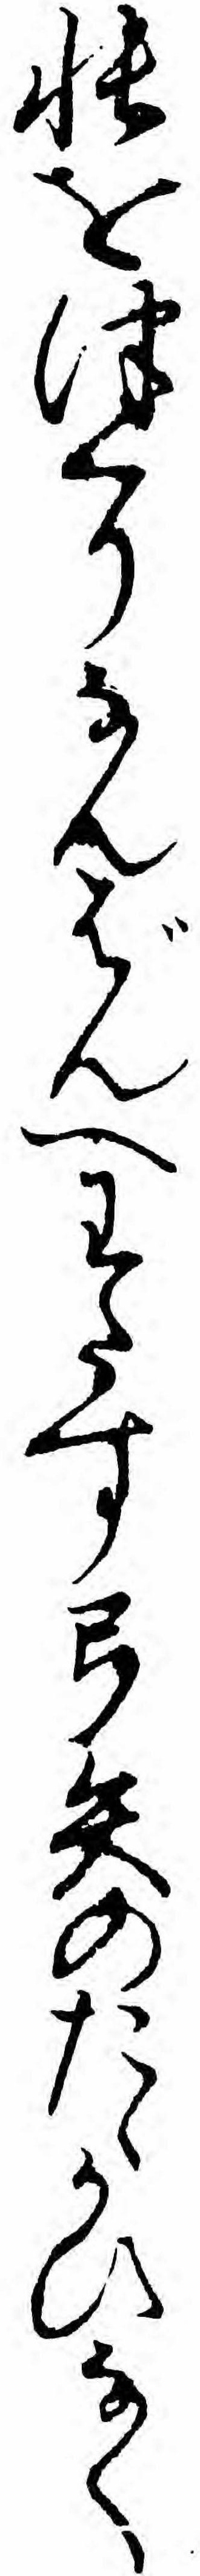
帳をつくりなんばんへわたす弓矢のたゝかひなく